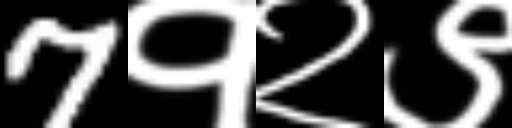
Text: 7१२९